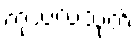
ကုသလသုတ်